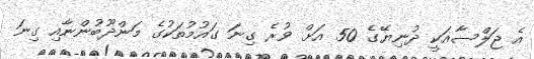
އެ ޖަލްސާއަކީ ދުނިޔޭގެ 50 އަށް ވުރެ ގިނަ ގައުމުތަކުގެ މަންދޫބުންނާއި ގިނަ